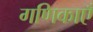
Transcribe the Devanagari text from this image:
गणिकाएँ